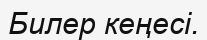
Билер кеңесі.